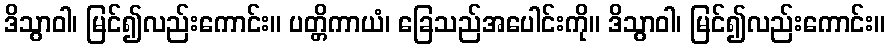
ဒိသွာဝါ၊ မြင်၍လည်းကောင်း။ ပတ္တိကာယံ၊ ခြေသည်အပေါင်းကို။ ဒိသွာဝါ၊ မြင်၍လည်းကောင်း။